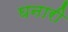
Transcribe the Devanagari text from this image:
घनारी